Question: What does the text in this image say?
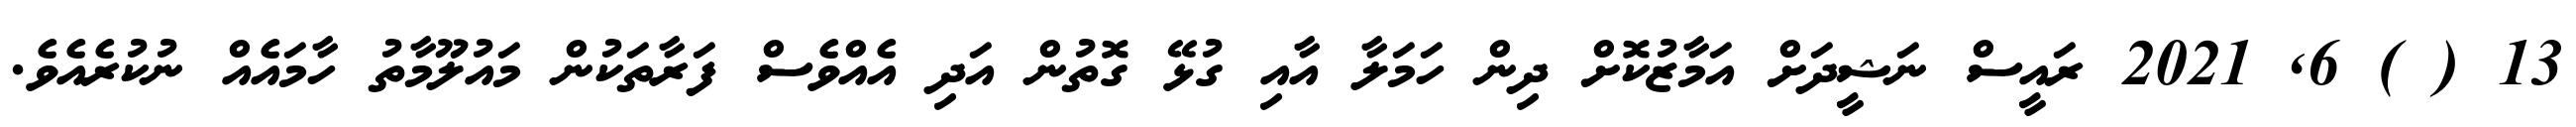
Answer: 13 ( ) 6, 2021 ރައީސް ނަޝީދަށް އަމާޒުކޮށް ދިން ހަމަލާ އާއި ގުޅޭ ގޮތުން އަދި އެއްވެސް ފަރާތަކުން މައުލޫމާތު ހާމައެއް ނުކުރެއެވެ.